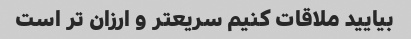
بیایید ملاقات کنیم سریعتر و ارزان تر است